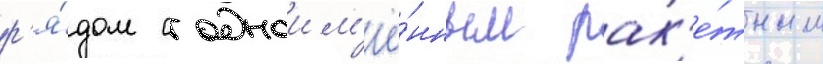
р'я́дом с одноим'ё́нным рак'е́тным